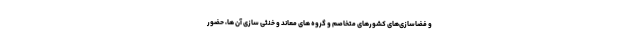
و فضاسازی‌های کشورهای متخاصم و گروه های معاند و خنثی سازی آن ها، حضور